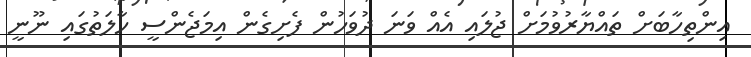
އިންތިހާބަށް ތައްޔާރުވުމަށް ޖުލައި އެއް ވަނަ ދުވަހުން ފެށިގެން އިމަޖެންސީ ހާލަތުގައި ނޫނީ